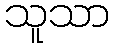
သူသာ